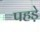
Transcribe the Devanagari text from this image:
पहड़े